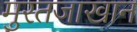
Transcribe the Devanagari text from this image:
मुरतजाखान